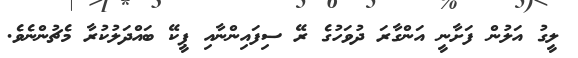
ލީގު އަލުން ފަށާނީ އަންގާރަ ދުވަހުގެ ރޭ ސިފައިންނާއި ޕީކޭ ބައްދަލުކުރާ މެޗުންނެވެ.